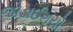
જોડાઈગયો